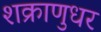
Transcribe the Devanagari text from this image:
शक्राणुधर